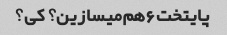
پایتخت۶هم‌میسازین؟ کی؟